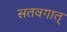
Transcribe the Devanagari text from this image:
सतवगात्